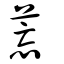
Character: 莣